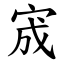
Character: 宬